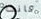
كانت